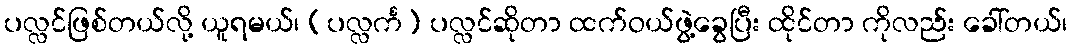
ပလ္လင်ဖြစ်တယ်လို့ ယူရမယ်၊ (ပလ္လင်္က) ပလ္လင်ဆိုတာ ထက်ဝယ်ဖွဲ့ခွေပြီး ထိုင်တာ ကိုလည်း ခေါ်တယ်၊